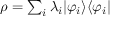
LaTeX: \rho = \textstyle \sum _ { i } \lambda _ { i } | \varphi _ { i } \rangle \langle \varphi _ { i } |